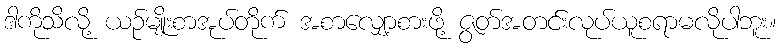
ဒါကိုသိလို့ ယဉ်မျိုးစာအုပ်တိုက် အစာလျှော့စားဖို့ ဇွတ်အတင်းလုပ်ယူစရာမလိုပါဘူး။